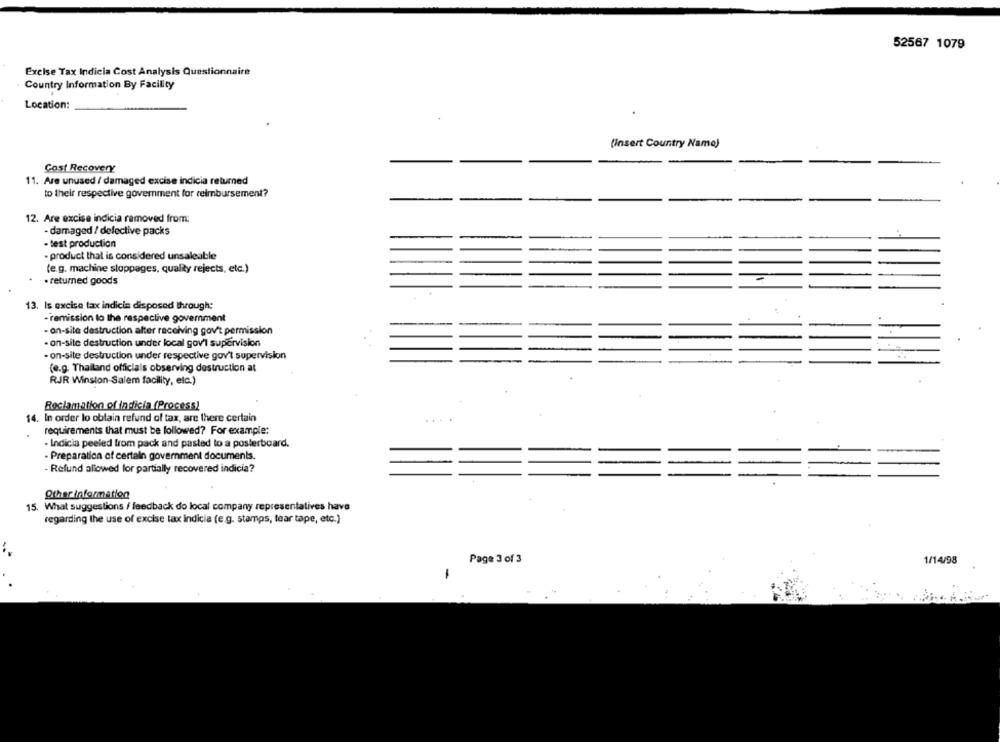
52567 1079
Excise Tax Indicia Cost Analysis Questionnaire
Country Information By Facility
Location:
(insert Country Name)
Gost Recovery
11. Are unused / damaged excise indicia returned
to their respective government for reimbursement?
12. Are excise indicia removed from:
- damaged / defective packs
- test production
- product that is considered unsaleable
(e.g. machine stoppages, quality rejects, etc.)
. returned goods
13. Is excise tax indicia disposed through:
-remission lo the respective govemment
- on-site destruction alter receiving gov't permission
. on-site destruction under local gov't supervision
- on-site destruction under respective gov't supervision
(e.g. Thailand officials observing destruction at
RJR Winston-Salem facility, etc.)
Reclamation of indicia (Process)
14. In order lo obtain refund of tax, are there certain
requirements that must be followed? For example:
- Indicia peeled from pack and pasted to a posterboard.
- Preparation of certain government documents.
- Refund allowed for partially recovered indicia?
Other information
15. What suggestions / feedback do local company representatives have
regarding the use of excise tax indicia (e .g. stamps, tear tape, etc.)
Page 3 of 3
1/14/98
1